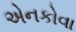
એનકોવા